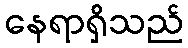
နေရာရှိသည်